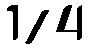
1/4